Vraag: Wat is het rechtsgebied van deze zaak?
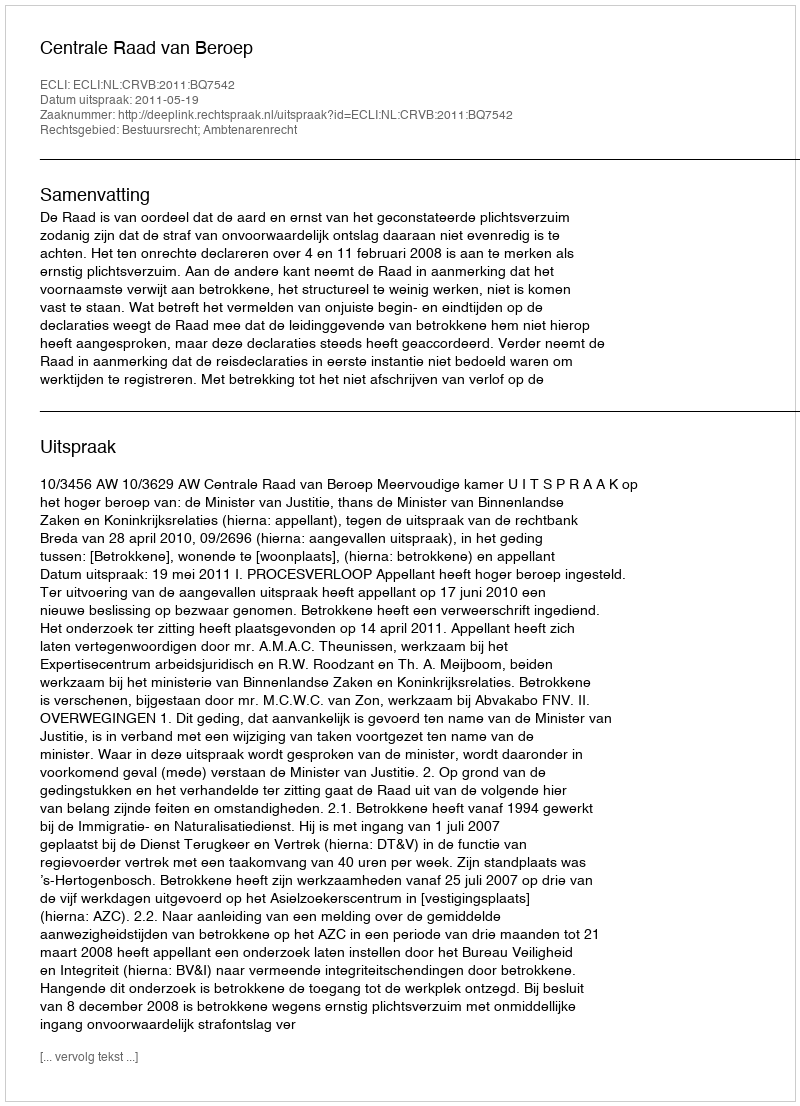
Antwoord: Bestuursrecht; Ambtenarenrecht